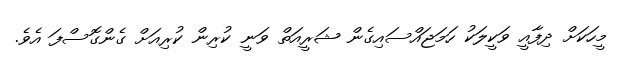
މީހަކަށް ދިފާއީ ވަކީލަކު ހަމަޖައްސައިގެން ޝަރީއަތް ވަނީ ކުރިން ކުރިއަށް ގެންގޮސްފަ އެވެ.